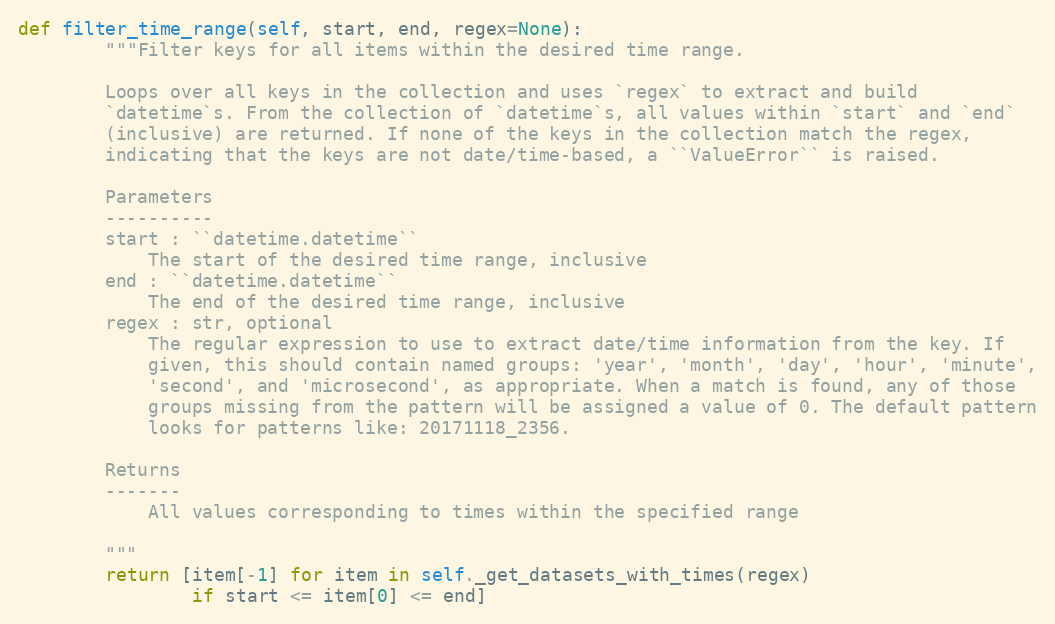
Language: Python
def filter_time_range(self, start, end, regex=None):
        """Filter keys for all items within the desired time range.

        Loops over all keys in the collection and uses `regex` to extract and build
        `datetime`s. From the collection of `datetime`s, all values within `start` and `end`
        (inclusive) are returned. If none of the keys in the collection match the regex,
        indicating that the keys are not date/time-based, a ``ValueError`` is raised.

        Parameters
        ----------
        start : ``datetime.datetime``
            The start of the desired time range, inclusive
        end : ``datetime.datetime``
            The end of the desired time range, inclusive
        regex : str, optional
            The regular expression to use to extract date/time information from the key. If
            given, this should contain named groups: 'year', 'month', 'day', 'hour', 'minute',
            'second', and 'microsecond', as appropriate. When a match is found, any of those
            groups missing from the pattern will be assigned a value of 0. The default pattern
            looks for patterns like: 20171118_2356.

        Returns
        -------
            All values corresponding to times within the specified range

        """
        return [item[-1] for item in self._get_datasets_with_times(regex)
                if start <= item[0] <= end]